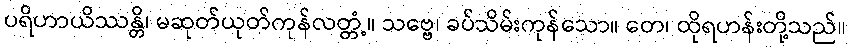
ပရိဟာယိဿန္တိ၊ မဆုတ်ယုတ်ကုန်လတ္တံ့။ သဗ္ဗေ၊ ခပ်သိမ်းကုန်သော။ တေ၊ ထိုရဟန်းတို့သည်။